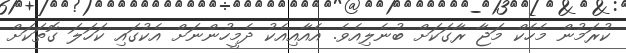
ކުރަމުން މެހެކް މަޖާ ރާގަކަށް ބުނެލިއެވެ. އެއާއިއެކު ދެމީހުންނަށް އެކުގައި ކަހަލަ ގޮތަކަށް